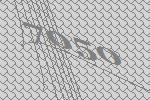
7050